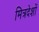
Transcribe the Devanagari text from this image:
मित्रदेशों